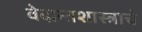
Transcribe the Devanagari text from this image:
वेदान्तशास्त्राचे